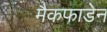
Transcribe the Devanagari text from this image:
मैकफाडेन